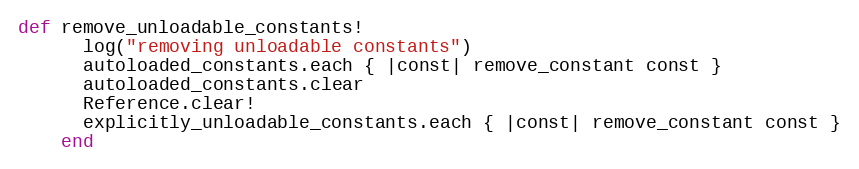
Language: Ruby
def remove_unloadable_constants!
      log("removing unloadable constants")
      autoloaded_constants.each { |const| remove_constant const }
      autoloaded_constants.clear
      Reference.clear!
      explicitly_unloadable_constants.each { |const| remove_constant const }
    end